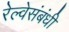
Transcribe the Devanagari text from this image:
रेल्वेसंबंधी